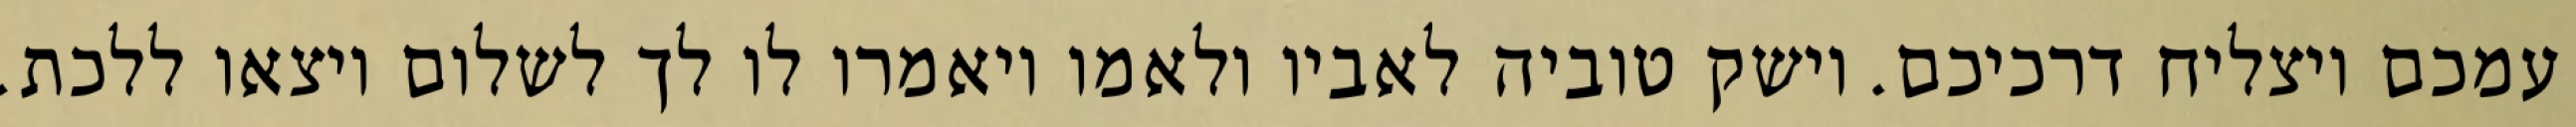
עמכם ויצליח דרכיכם. וישק טוביה לאביו ולאמו ויאמרו לו לך לשלום ויצאו ללכת.